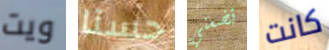
ويت حسنا تضعني كانت